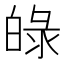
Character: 𤽺